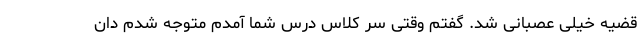
قضیه خیلی عصبانی شد. گفتم وقتی سر کلاس درس شما آمدم متوجه شدم دان